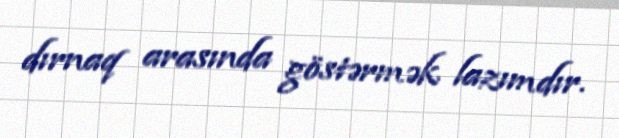
dırnaq arasında göstərmək lazımdır.